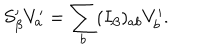
LaTeX: S _ { \beta } ^ { \prime } V _ { a } ^ { \prime } = \sum _ { b } ( I _ { \beta } ) _ { a b } V _ { b } ^ { \prime } .